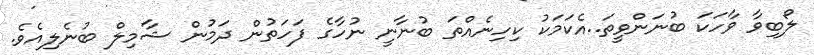
ލޯބިވާ ވާހަކަ ބުނަންވީތަ..އެކަމަކު ކިހިނެއްތަ ބުނާނީ ނުހާގެ ފަހަތުން ދަމުން ޝާމިލް ބުނެލިއެވެ.